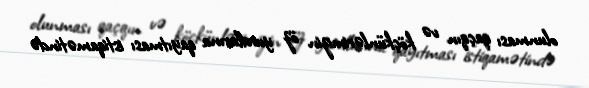
olunması qaçqın və köçkünlərimizin öz yurdlarına qayıtması istiqamətində